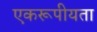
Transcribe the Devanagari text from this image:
एकरूपीयता